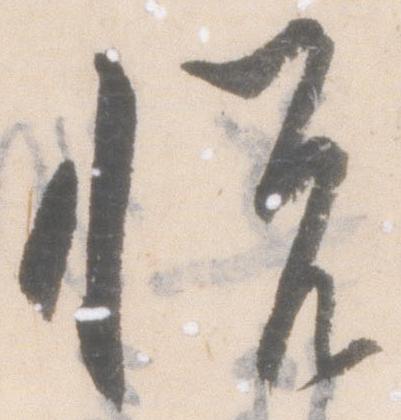
悦